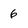
Character: 6